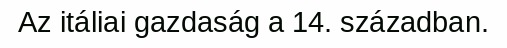
Az itáliai gazdaság a 14. században.